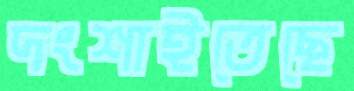
দংশাইতেছে